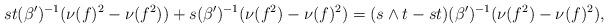
LaTeX: \begin{align*}st (\beta')^{-1} ( \nu(f)^2 - \nu(f^2)) + s (\beta')^{-1} ( \nu(f^2) - \nu(f)^2) = (s\wedge t -st ) (\beta')^{-1} ( \nu(f^2) - \nu(f)^2) ,\end{align*}